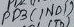
Text: PD3